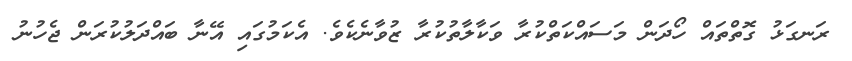
ރަނގަޅު ގޮތްތައް ހޯދަން މަސައްކަތްކުރާ ވަކާލާތުކުރާ ޒުވާނެކެވެ. އެކަމުގައި އޭނާ ބައްދަލުކުރަން ޖެހުނު